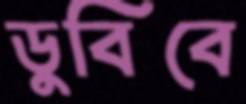
ডুবিবে